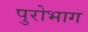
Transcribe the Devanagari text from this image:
पुरोभाग